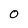
Character: O